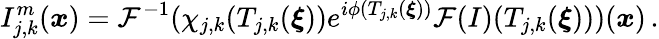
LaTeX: I_{j,k}^{m}(\boldsymbol{x})=\mathcal{F}^{-1}(\chi_{j,k}(T_{j,k}(\boldsymbol{\xi}))e^{i\phi(T_{j,k}(\boldsymbol{\xi}))}\mathcal{F}(I)(T_{j,k}(\boldsymbol{\xi})))(\boldsymbol{x})\, .